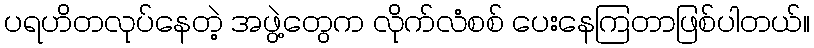
ပရဟိတလုပ်နေတဲ့ အဖွဲ့တွေက လိုက်လံစစ် ပေးနေကြတာဖြစ်ပါတယ်။